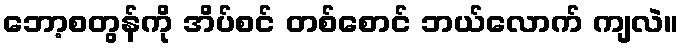
ဘော့စတွန်ကို အိပ်စင် တစ်စောင် ဘယ်လောက် ကျလဲ။